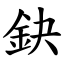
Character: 鈌